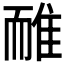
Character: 𨾿